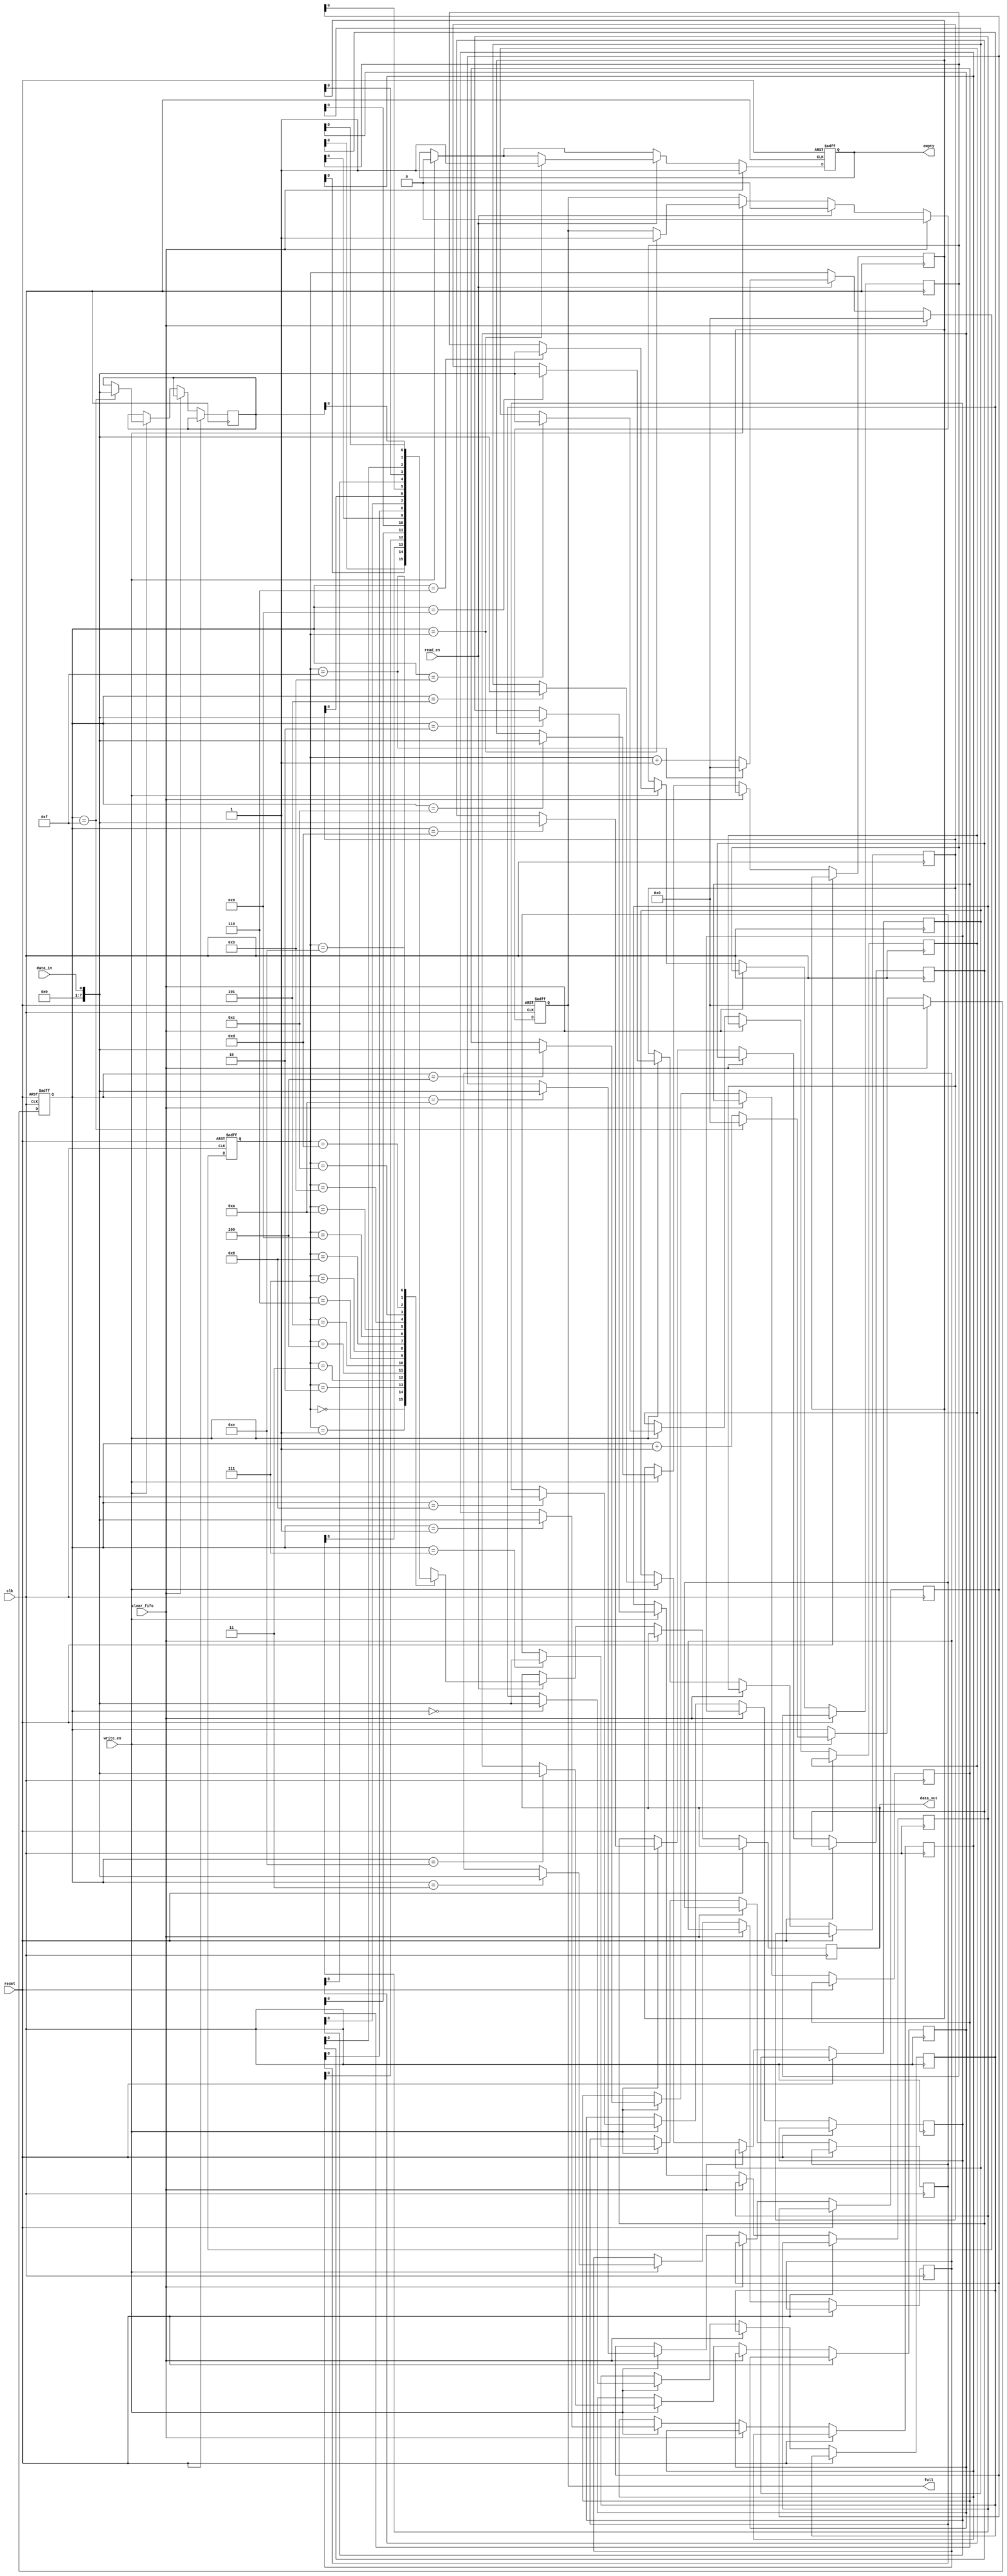
module Gray_FIFO (
    input clk,
    input reset,
    input clear_fifo,
    input data_in,
    input write_en,
    input read_en,
    output reg data_out,
    output reg full,
    output reg empty
);

parameter WIDTH = 8;
reg [WIDTH-1:0] fifo [0:15];
reg [3:0] wr_ptr, rd_ptr;

always @(posedge clk or posedge reset) begin
    if (reset) begin
        wr_ptr <= 0;
        rd_ptr <= 0;
        full <= 0;
        empty <= 1;
    end else begin
        if (clear_fifo) begin
            wr_ptr <= 0;
            rd_ptr <= 0;
            full <= 0;
            empty <= 1;
        end else begin
            if (write_en) begin
                fifo[wr_ptr] <= data_in;
                wr_ptr <= wr_ptr + 1;
                if (wr_ptr == 15) begin
                    wr_ptr <= 0;
                end
                empty <= 0;
                if (wr_ptr == rd_ptr) begin
                    full <= 1;
                end
            end
            if (read_en) begin
                data_out <= fifo[rd_ptr];
                rd_ptr <= rd_ptr + 1;
                if (rd_ptr == 15) begin
                    rd_ptr <= 0;
                end
                full <= 0;
                if (wr_ptr == rd_ptr) begin
                    empty <= 1;
                end
            end
        end
    end
end

endmodule